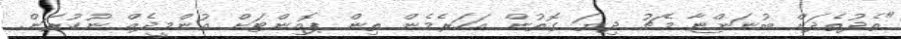
"ތެދުތެދަށް ބުނަންޏާ މެޗު ދިޔަ ގޮތުން އަހަރެމެން ތިން ޕޮއިންޓަށް އުންމީދެއް ނުކުރަން.